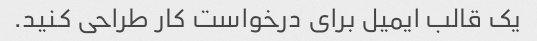
یک قالب ایمیل برای درخواست کار طراحی کنید.